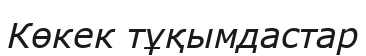
Көкек тұқымдастар